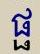
ផ្ផ